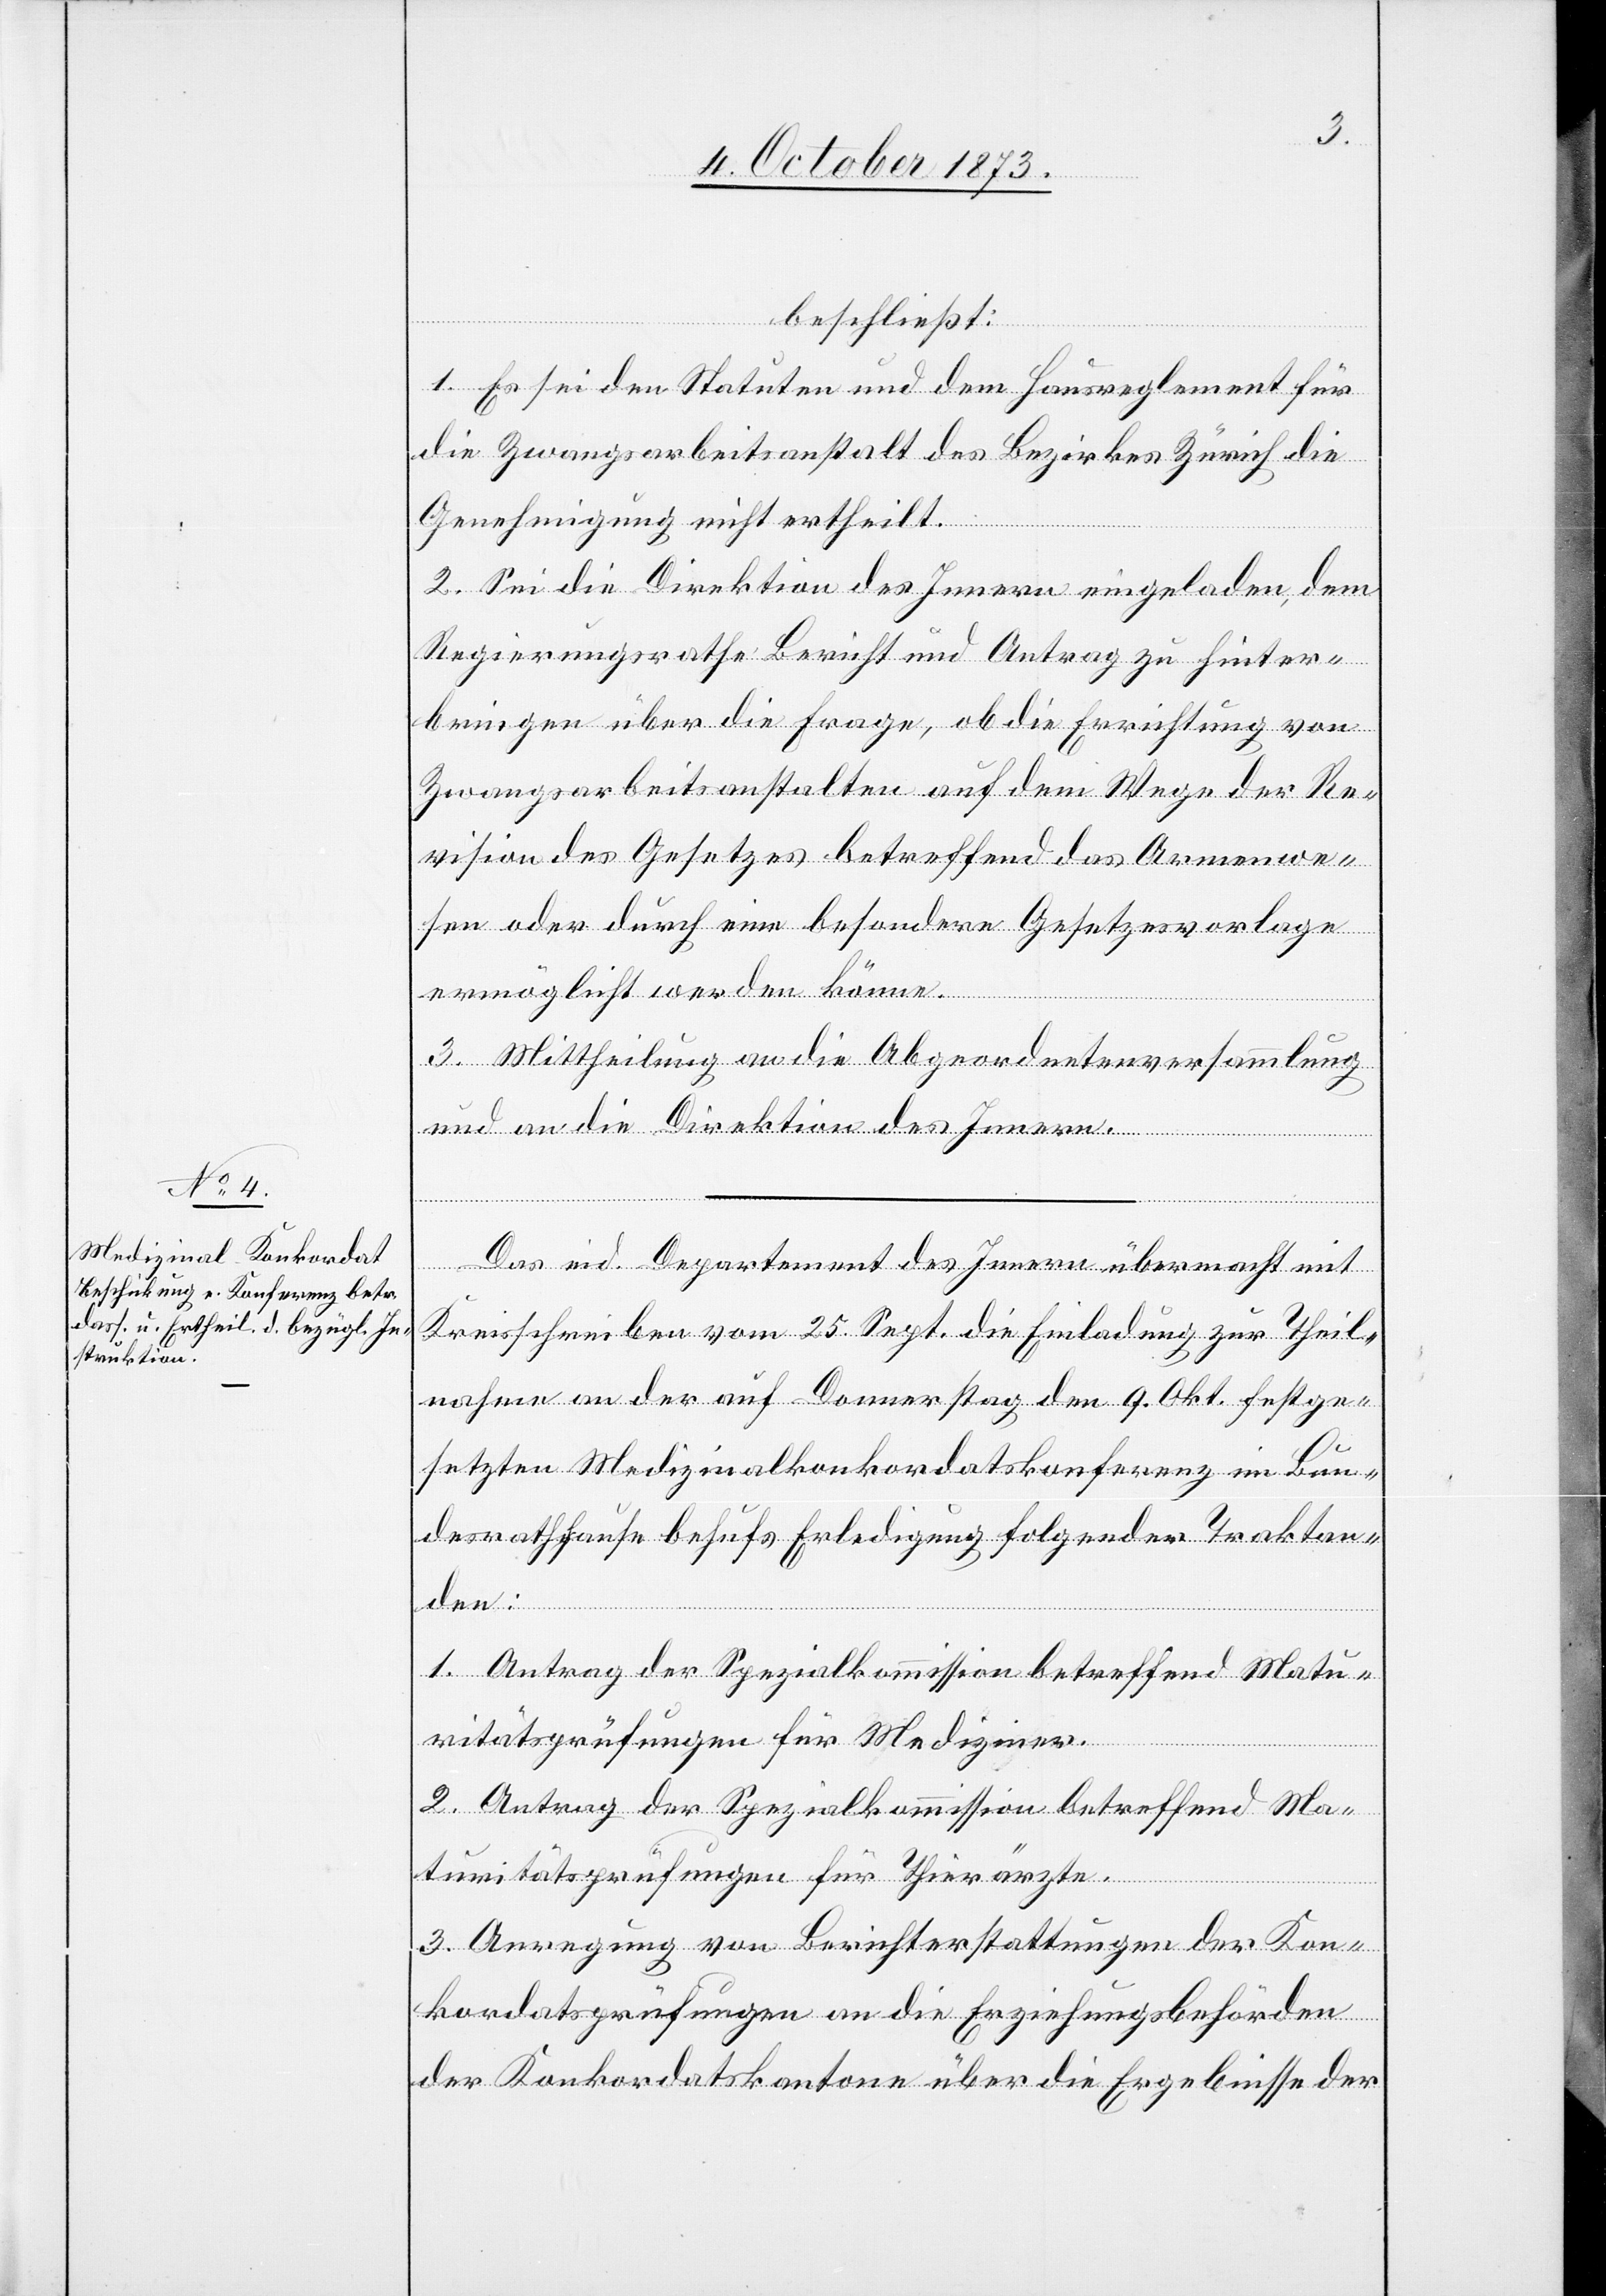
beschließt:
1. Es sei den Statuten und dem Hausreglement für
die Zwangsarbeitsanstalt des Bezirkes Zürich die
Genehmigung nicht ertheilt.
2. Sei die Direktion des Innern eingeladen, dem
Regierungsrathe Bericht und Antrag zu hinter¬
bringen über die Frage, ob die Errichtung von
Zwangsarbeitsanstalten auf dem Wege der Re¬
vision des Gesetzes betreffend das Armenwe¬
sen oder durch eine besondere Gesetzesvorlage
ermöglicht werden könne.
3. Mittheilung an die Abgeordnetenversammlung
und an die Direktion des Innern.
Das eid. Departement des Innern übermacht mit
Kreisschreiben vom 25. Sept. die Einladung zur Theil¬
nahme an der auf Donnerstag den 9. Okt festge¬
setzten Medizinalkonkordatskonferenz im Bun¬
desrathhause behufs Erledigung folgender Traktan¬
den:
1. Antrag der Spezialkommission betreffend Matu¬
ritätsprüfungen für Mediziner.
2. Antrag der Spezialkommission betreffend Ma¬
turitätsprüfungen für Thierärzte.
3. Anregung von Berichterstattungen der Kon¬
kordatsprüfungen an die Erziehungsbehörden
der Konkordatskantone über die Ergebnisse der